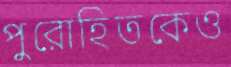
পুরোহিতকেও